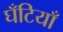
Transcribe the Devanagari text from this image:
घँटियाँ